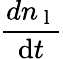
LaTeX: \frac{dn_{\mathrm{~l~}}}{\mathrm{d}t}